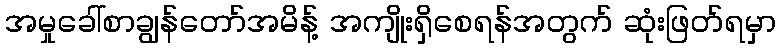
အမှုခေါ်စာချွန်တော်အမိန့် အကျိုးရှိစေရန်အတွက် ဆုံးဖြတ်ရမှာ